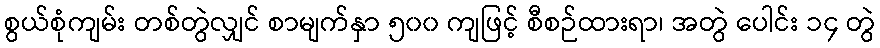
စွယ်စုံကျမ်း တစ်တွဲလျှင် စာမျက်နှာ ၅၀၀ ကျဖြင့် စီစဉ်ထားရာ၊ အတွဲ ပေါင်း ၁၄ တွဲ